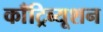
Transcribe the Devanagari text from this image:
काँट्रिब्यूशन